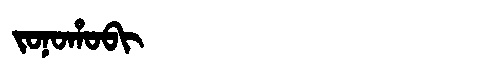
Manchu: ᠵᠣᠨᠣᡥᠣᠪᡳ
Romanization: JONOHOBI